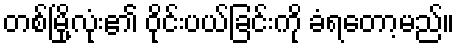
တစ်မြို့လုံး၏ ဝိုင်းပယ်ခြင်းကို ခံရတော့မည်။